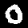
Label: 0